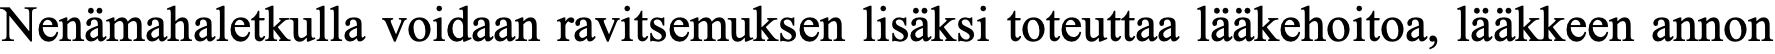
Nenämahaletkulla voidaan ravitsemuksen lisäksi toteuttaa lääkehoitoa, lääkkeen annon